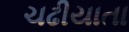
ચઢીયાતા